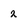
Character: 2